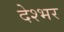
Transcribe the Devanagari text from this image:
देश्भर